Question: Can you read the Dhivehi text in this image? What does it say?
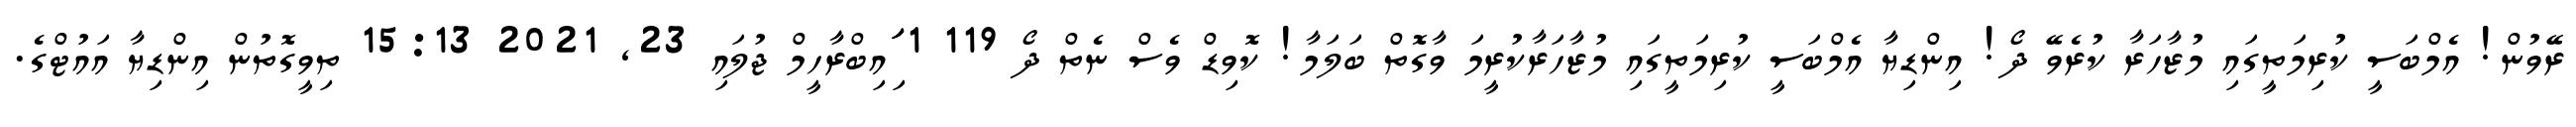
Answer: ރޭވުން! އެމްބަސީ ކުރިމަތީގައި މުޒާހަރާ ކުރެވޭ ދޯ! އިންޑިޔާ އެމްބަސީ ކުރިމަތީގައި މުޒާހަރާކުރީމަ ވާގޮތް ބަލަމާ! ކޮވިޑް ވެސް ނެތް ދޯ 119 1 ަިަަައިބްރާހީމް ޖުލައި 23, 2021 15:13 ތިވީގޮތުން އިންޑިޔާ އައުޓްގެ.